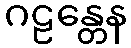
ဂဠန္တေန